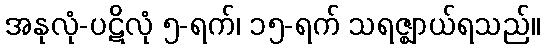
အနုလုံ-ပဋိလုံ ၅-ရက်၊ ၁၅-ရက် သရဇ္ဈာယ်ရသည်။